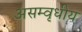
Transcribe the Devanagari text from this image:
असम्वृधीय